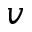
v